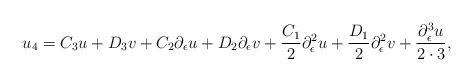
LaTeX: \begin{align*}u_4=C_3u+D_3v+C_2\partial_\epsilon u +D_2\partial_\epsilon v+\frac{C_1}{2}\partial_\epsilon^2 u+\frac{D_1}{2}\partial_\epsilon^2 v+\frac{\partial_\epsilon^3 u}{2\cdot 3},\end{align*}